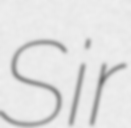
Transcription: Sir